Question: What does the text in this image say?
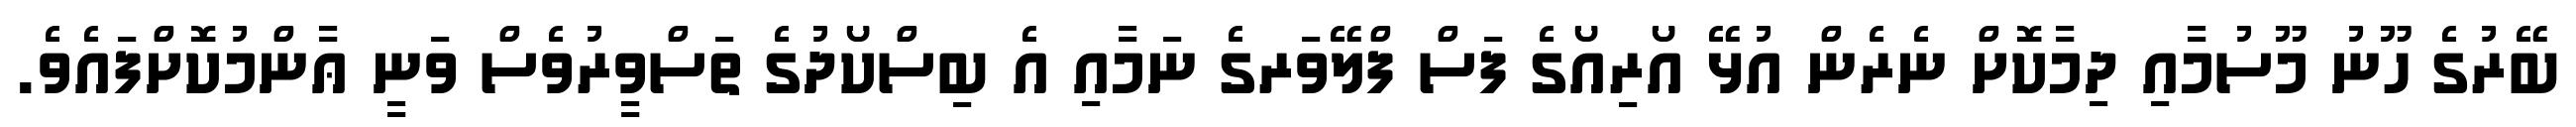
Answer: ބޭރުގެ ހޫނު މޫސުމާއި ދިމާކޮށް ނެރެން އުޅޭ އޯރިއޯގެ ފަސް ފްލޭވަރގެ ނަމާއި އެ ބިސްކޯދުގެ ތަސްވީރުވެސް ވަނީ ޢާންމުކޮށްފައެވެ.